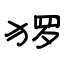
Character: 猡